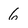
Character: 6